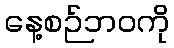
နေ့စဉ်ဘဝကို